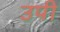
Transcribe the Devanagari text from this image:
उपी